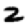
Digit: 2